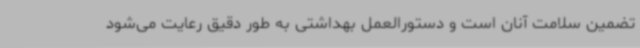
تضمین سلامت آنان است و دستورالعمل بهداشتی به طور دقیق رعایت می‌شود